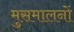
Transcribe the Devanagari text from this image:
मुसमालनों